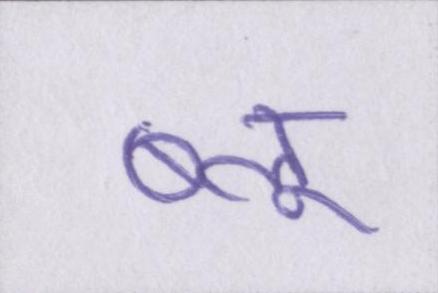
ब्लू